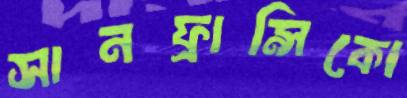
সানফ্রান্সিকো